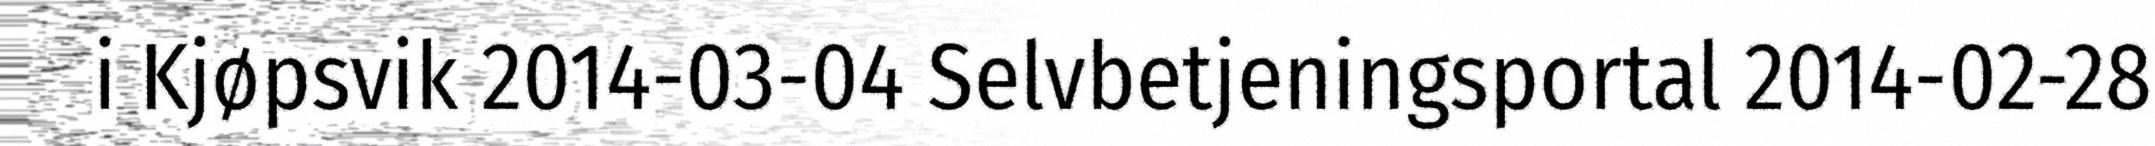
i Kjøpsvik 2014-03-04 Selvbetjeningsportal 2014-02-28